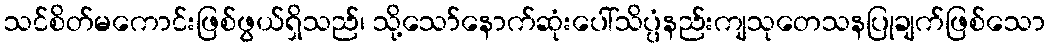
သင်စိတ်မကောင်းဖြစ်ဖွယ်ရှိသည်၊ သို့သော်နောက်ဆုံးပေါ်သိပ္ပံနည်းကျသုတေသနပြုချက်ဖြစ်သော